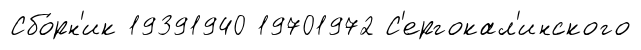
Сбо́рн'ик 19391940 19701972 С'ергокал'инского